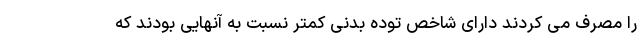
را مصرف می کردند دارای شاخص توده بدنی کمتر نسبت به آنهایی بودند که